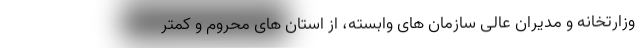
وزارتخانه و مدیران عالی سازمان های وابسته، از استان های محروم و کمتر